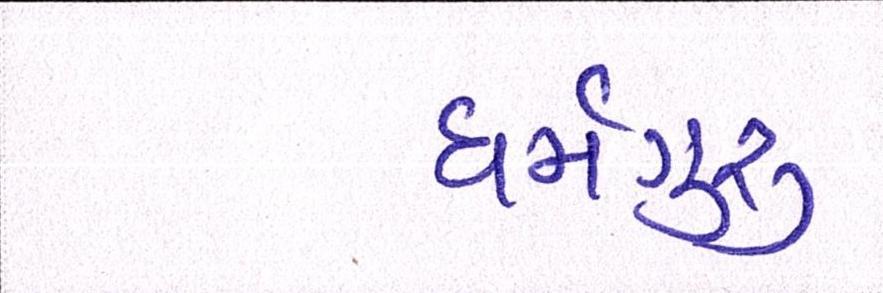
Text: ધર્મગુરૂ